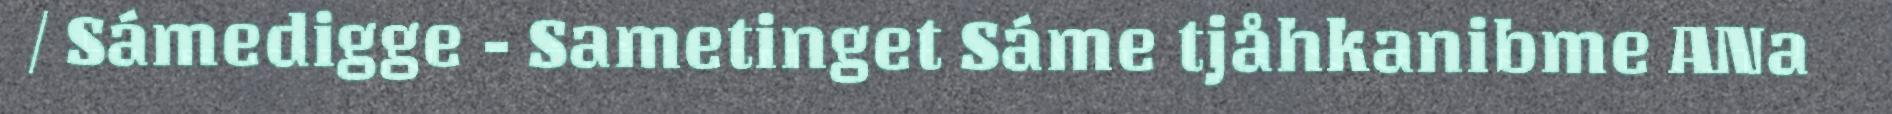
/ Sámedigge - Sametinget Sáme tjåhkanibme ANa